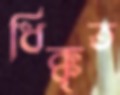
ধিক্কৃত